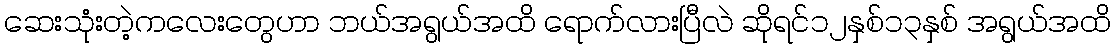
ဆေးသုံးတဲ့ကလေးတွေဟာ ဘယ်အရွယ်အထိ ရောက်လားပြီလဲ ဆိုရင်၁၂နှစ်၁၃နှစ် အရွယ်အထိ